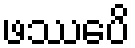
ဖဿေပိ